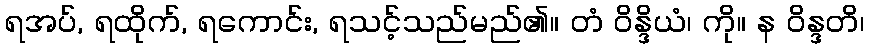
ရအပ်, ရထိုက်, ရကောင်း, ရသင့်သည်မည်၏။ တံ ဝိန္ဒိယံ၊ ကို။ န ဝိန္ဒတိ၊